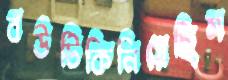
বউটিকিনিয়েছিস